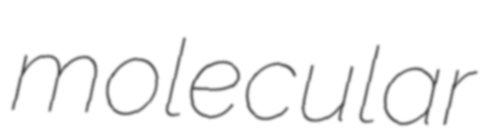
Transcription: molecular